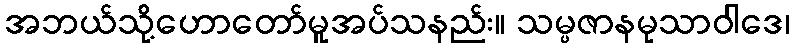
အဘယ်သို့ဟောတော်မူအပ်သနည်း။ သမ္ပဇာနမုသာဝါဒေ၊